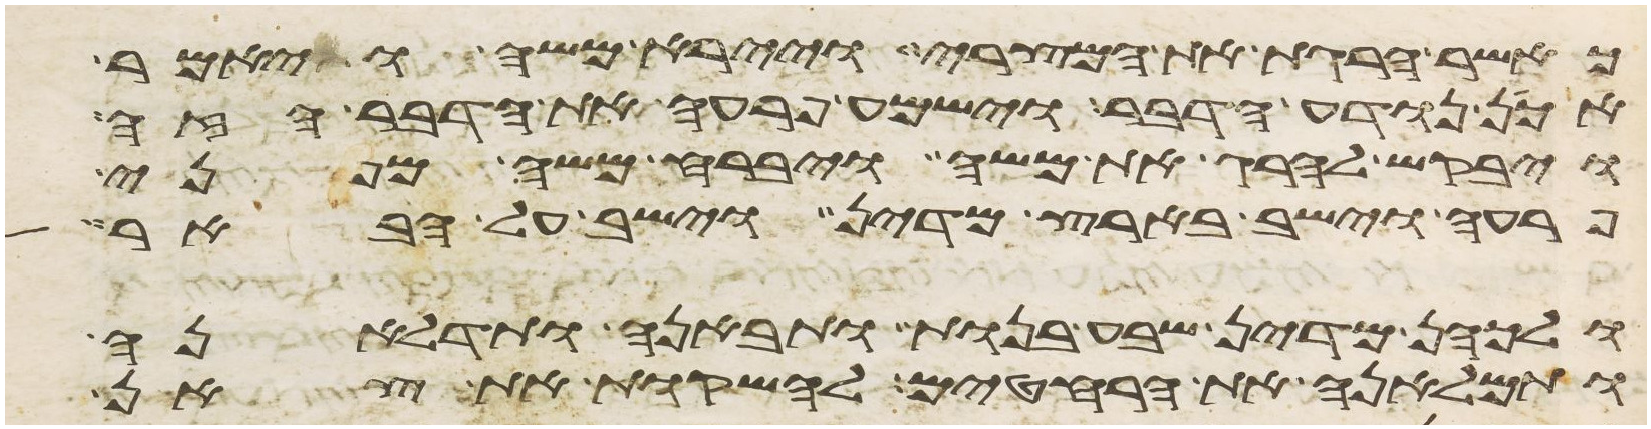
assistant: כאשר הרגת את המצרי ויירא משה ויאמר
אכן נודע הדבר וישמע פרעה את הדבר הזה
ויבקש להרג את משה ויברח משה מפני
פרעה וישב בארץ מדין וישב על הבאר
ולכהן מדין שבע בנות ותבאנה ותדלאנה
ותמלאנה את הרחטים להשקות את צאן